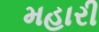
મહારી